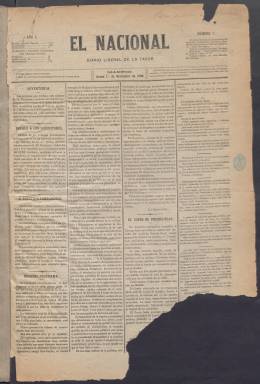
Título: El Nacional (Madrid. 1888)
Colección: Periódicos
Ámbito geográfico: Madrid
Lugar de publicación: Madrid
Fechas: 01/11/1888-27/11/1888